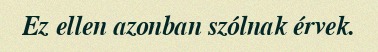
Ez ellen azonban szólnak érvek.